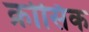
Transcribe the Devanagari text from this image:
क्रोसिक